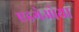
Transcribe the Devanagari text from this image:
एडगेओया